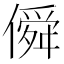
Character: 僢